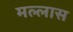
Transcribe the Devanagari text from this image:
मल्लास